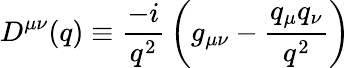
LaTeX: D^{\mu\nu}(q)\equiv{\frac{-i}{q^{2}}}\left(g_{\mu\nu}-{\frac{q_{\mu}q_{\nu}}{q^{2}}}\right)